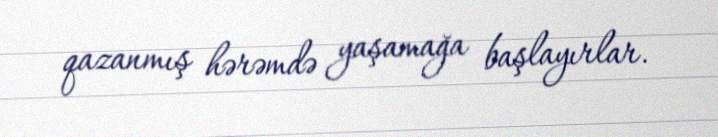
qazanmış hərəmdə yaşamağa başlayırlar.